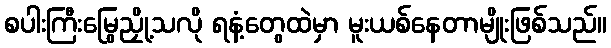
စပါးကြီးမြွေညှို့သလို ရနံ့တွေထဲမှာ မူးယစ်နေတာမျိုးဖြစ်သည်။